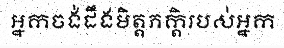
អ្នកចង់ដឹងមិត្តភក្តិរបស់អ្នក